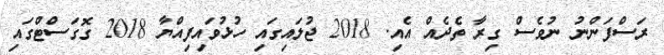
ރަސްފަންނު ނުވެސް ގިރާ ތެދެއް އެއި. 2018 ޖުލައިގައި ހުޅުވައިފިއްޔާ 2018 ގޮގަސްޓްގައި